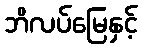
ဘိလပ်မြေနှင့်